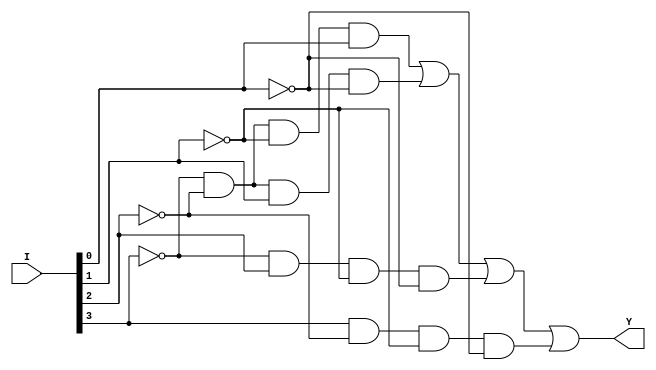
`timescale 1ns / 1ps
//////////////////////////////////////////////////////////////////////////////////
// Company: 
// Engineer: 
// 
// Design Name: 
// Module Name:    is_power_of_2 
// Project Name: 
// Target Devices: 
// Tool versions: 
// Description: 
//
// Dependencies: 
//
// Revision: 
// Revision 0.01 - File Created
// Additional Comments: 
//
//////////////////////////////////////////////////////////////////////////////////
module is_power_of_2(input [3:0] I, output Y );
	wire wire1, wire2, wire3, wire4, wire5, wire6, wire7, wire8;
	
	not not1(wire1, I[3]);
	not not2(wire2, I[2]);
	not not3(wire3, I[1]);
	not not4(wire4, I[0]);
	
	and and1(wire5, wire1, wire2, wire3, I[0]);
	and and2(wire6, wire1, wire2, I[1], wire4);
	and and3(wire7, wire1, I[2], wire3, wire4);
	and and4(wire8, I[3], wire2, wire3, wire4);
	
	or or1(Y, wire5, wire6, wire7, wire8);	
	
	
endmodule